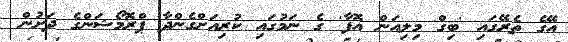
އޭގެ ތެރޭގައި 'ބިގް މިލިއަން އޮފާ' ގެ ނަމުގައި ކުރިއަށްގެންދާ ޕްރޮމޯޝަންގެ ދަށުން